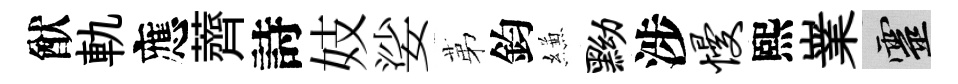
猷軌應薺詩妓娑苐鈞縑黝涉慢熙嶪靈